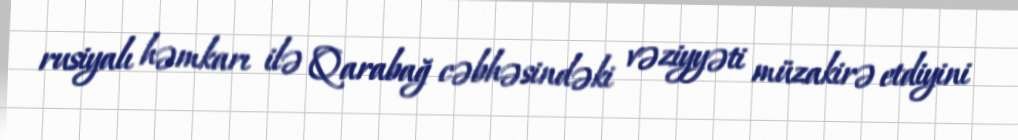
rusiyalı həmkarı ilə Qarabağ cəbhəsindəki vəziyyəti müzakirə etdiyini